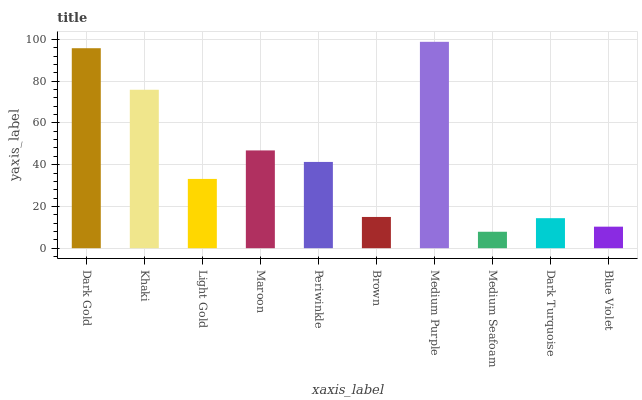
| xaxis_label | bars |
 | --- | --- |
 | Dark Gold | 95.8 |
 | Khaki | 75.9 |
 | Light Gold | 33.2 |
 | Maroon | 46.8 |
 | Periwinkle | 41.3 |
 | Brown | 15 |
 | Medium Purple | 98.8 |
 | Medium Seafoam | 7.88 |
 | Dark Turquoise | 14.4 |
 | Blue Violet | 10.3 |